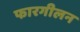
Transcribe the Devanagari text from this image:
फारगीलन